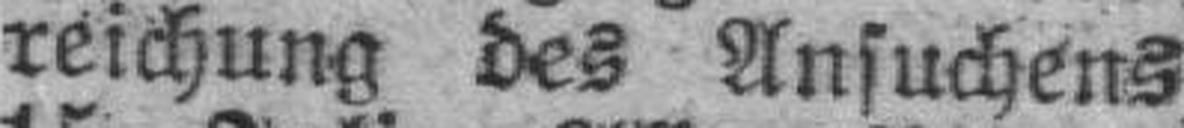
reichung des Ansuchens